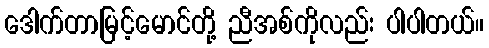
ဒေါက်တာမြင့်မောင်တို့ ညီအစ်ကိုလည်း ပါပါတယ်။